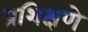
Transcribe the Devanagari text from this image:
प्रशिक्षणे